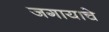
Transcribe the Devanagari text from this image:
जगायाचे